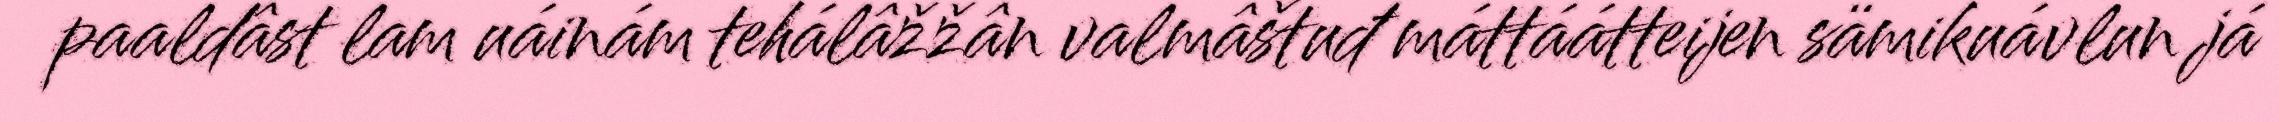
paaldâst lam uáinám tehálâžžân valmâštuđ máttáátteijen sämikuávlun já